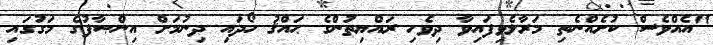
"އެއްވެސް ކުށެއްނެތި މަރާލެވިފައިވާ ދިވެހި ރައްޔިތުންގެ ޙައްޤު ހޯދައި ދިނުމަށް އިންޞާފުގެ މަގުގައި